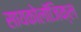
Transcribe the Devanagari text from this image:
सायकोलाॅजिक्ल